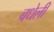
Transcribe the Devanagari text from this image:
बधेली